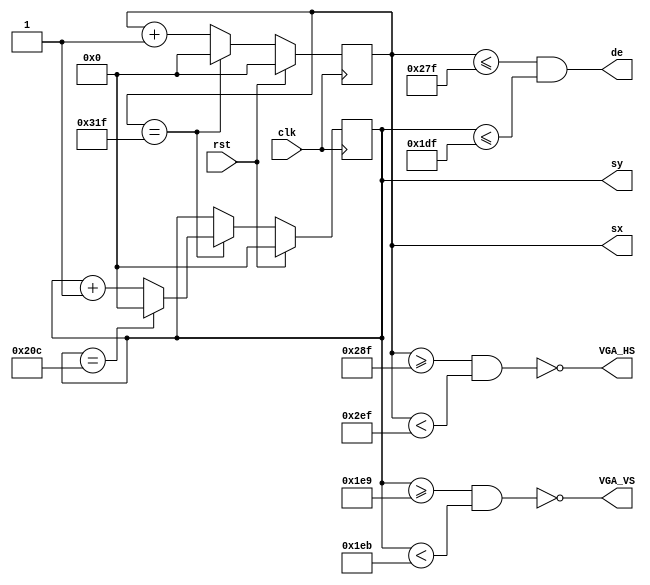
`timescale 1ns / 1ps
//////////////////////////////////////////////////////////////////////////////////
// Company: 
// Engineer: 
// 
// Design Name: 
// Module Name: display_driver
// Project Name: 
// Target Devices: 
// Tool Versions: 
// Description: 
// 
// Dependencies: 
// 
// Revision:
// Revision 0.01 - File Created
// Additional Comments:
// 
//////////////////////////////////////////////////////////////////////////////////


module display_driver(
    input clk, // pixel clock
    input rst, // reset
    output reg [9:0] sx, // horizontal screen position
    output reg [9:0] sy, // vertical screen position
    output reg VGA_HS, // horizontal sync
    output reg VGA_VS, // vertical sync
    output reg de // data enable
    );
    
     // horizontal timings
    parameter HA_END = 639;          // end of active pixels
    parameter HS_STA = HA_END + 16;  // sync starts after front porch
    parameter HS_END = HS_STA + 96;  // sync ends
    parameter LINE   = 799;          // last pixel on line (after back porch)

    // vertical timings
    parameter VA_END = 479;          // end of active pixels
    parameter VS_STA = VA_END + 10;  // sync starts after front porch
    parameter VS_END = VS_STA + 2;   // sync ends
    parameter SCREEN = 524;          // last line on screen (after back porch)
    
    always @(*)
    begin
        VGA_HS = ~(sx >= HS_STA && sx < HS_END);  // invert: hsync polarity is negative
        VGA_VS = ~(sy >= VS_STA && sy < VS_END);  // invert: vsync polarity is negative
        de = (sx <= HA_END && sy <= VA_END);
    end
    
    always @ (posedge clk)
    begin
        if (sx == LINE) begin  // last pixel on line?
            sx <= 0;
            sy <= (sy == SCREEN) ? 0 : sy + 1;  // last line on screen?
        end else begin
            sx <= sx + 1;
        end
        if (rst) begin
            sx <= 0;
            sy <= 0;
        end
    end
    
endmodule